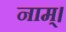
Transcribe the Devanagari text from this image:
नाम्।